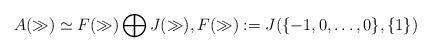
\begin{align*}A(\gg)\simeq F(\gg)\bigoplus J(\gg),F(\gg):=J(\{-1,0,\ldots,0\}, \{1\})\end{align*}